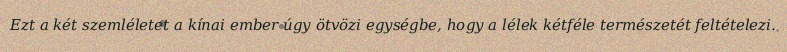
Ezt a két szemléletet a kínai ember úgy ötvözi egységbe, hogy a lélek kétféle természetét feltételezi.